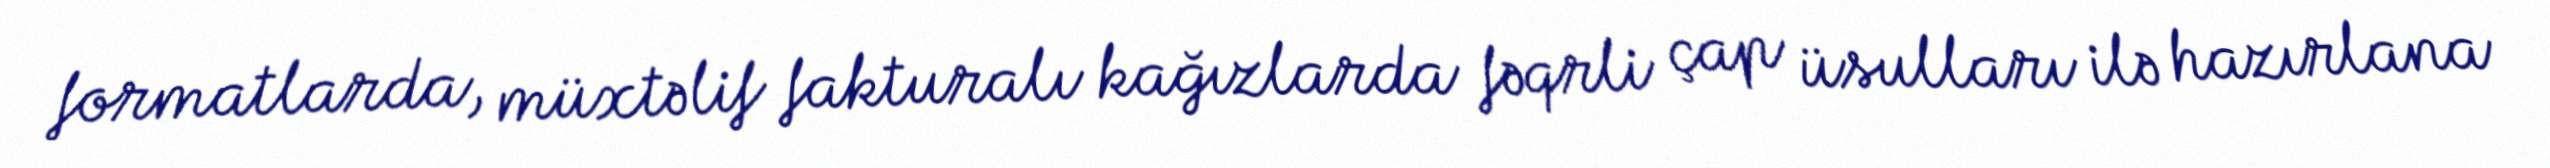
formatlarda, müxtəlif fakturalı kağızlarda fəqrli çap üsulları ilə hazırlana